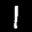
Label: 1